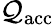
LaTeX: \mathcal{Q}_{\mathrm{{acc}}}